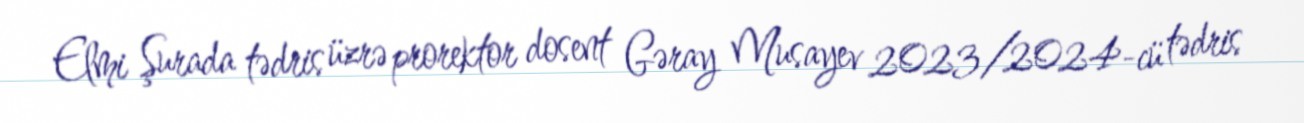
Elmi Şurada tədris üzrə prorektor dosent Gəray Musayev 2023/2024-cü tədris